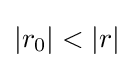
|r_{0}|<|r|